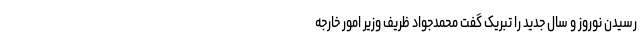
رسیدن نوروز و سال جدید را تبریک گفت محمدجواد ظریف وزیر امور خارجه